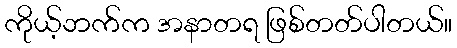
ကိုယ့်ဘက်က အနာတရ ဖြစ်တတ်ပါတယ်။